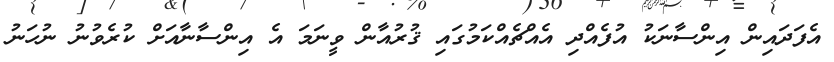
އެފަދައިން އިންސާނަކު އުފެއްދި އެއްޗެއްކަމުގައި ޤުރުއާން ވީނަމަ އެ އިންސާނާއަށް ކުރެވުނު ނުހަނު